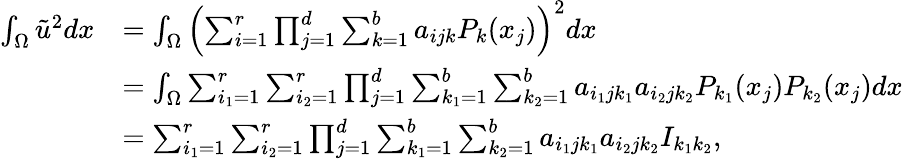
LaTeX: \begin{array}{rl}{\int_{\Omega}\tilde{u}^{2}dx}&{=\int_{\Omega}\left(\sum_{i=1}^{r}\prod_{j=1}^{d}\sum_{k=1}^{b}a_{ijk}P_{k}(x_{j})\right)^{2}dx}\\ &{=\int_{\Omega}\sum_{i_{1}=1}^{r}\sum_{i_{2}=1}^{r}\prod_{j=1}^{d}\sum_{k_{1}=1}^{b}\sum_{k_{2}=1}^{b}a_{i_{1}jk_{1}}a_{i_{2}jk_{2}}P_{k_{1}}(x_{j})P_{k_{2}}(x_{j})dx}\\ &{=\sum_{i_{1}=1}^{r}\sum_{i_{2}=1}^{r}\prod_{j=1}^{d}\sum_{k_{1}=1}^{b}\sum_{k_{2}=1}^{b}a_{i_{1}jk_{1}}a_{i_{2}jk_{2}}I_{k_{1}k_{2}},}\end{array}